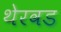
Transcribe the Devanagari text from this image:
थेरवड